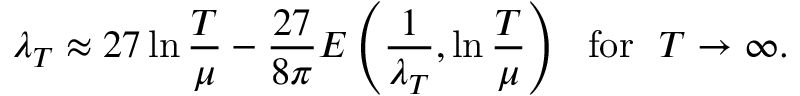
\lambda _ { T } \approx 2 7 \ln \frac { T } { \mu } - \frac { 2 7 } { 8 \pi } { \cal E } \left( \frac { 1 } { \lambda _ { T } } , \ln \frac { T } { \mu } \right) ~ ~ \mathrm { f o r } ~ ~ T \rightarrow \infty .